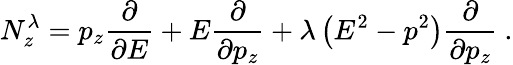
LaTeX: N_{z}^{\lambda}=p_{z}{\frac{\partial}{\partial E}}+E{\frac{\partial}{\partial p_{z}}}+\lambda\left(E^{2}-p^{2}\right){\frac{\partial}{\partial p_{z}}}~.